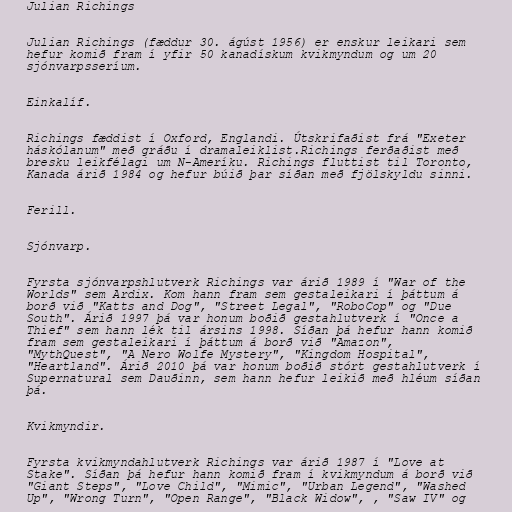
Julian Richings

Julian Richings (fæddur 30. ágúst 1956) er enskur leikari sem
hefur komið fram í yfir 50 kanadískum kvikmyndum og um 20
sjónvarpsseríum.

Einkalíf.

Richings fæddist í Oxford, Englandi. Útskrifaðist frá "Exeter
háskólanum" með gráðu í dramaleiklist.Richings ferðaðist með
bresku leikfélagi um N-Ameríku. Richings fluttist til Toronto,
Kanada árið 1984 og hefur búið þar síðan með fjölskyldu sinni.

Ferill.

Sjónvarp.

Fyrsta sjónvarpshlutverk Richings var árið 1989 í "War of the
Worlds" sem Ardix. Kom hann fram sem gestaleikari í þáttum á
borð við "Katts and Dog", "Street Legal", "RoboCop" og "Due
South". Árið 1997 þá var honum boðið gestahlutverk í "Once a
Thief" sem hann lék til ársins 1998. Síðan þá hefur hann komið
fram sem gestaleikari í þáttum á borð við "Amazon",
"MythQuest", "A Nero Wolfe Mystery", "Kingdom Hospital",
"Heartland". Árið 2010 þá var honum boðið stórt gestahlutverk í
Supernatural sem Dauðinn, sem hann hefur leikið með hléum síðan
þá.

Kvikmyndir.

Fyrsta kvikmyndahlutverk Richings var árið 1987 í "Love at
Stake". Síðan þá hefur hann komið fram í kvikmyndum á borð við
"Giant Steps", "Love Child", "Mimic", "Urban Legend", "Washed
Up", "Wrong Turn", "Open Range", "Black Widow", , "Saw IV" og